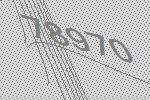
78970